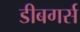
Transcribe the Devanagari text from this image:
डीबगर्स